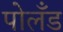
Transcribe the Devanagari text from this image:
पोलँड